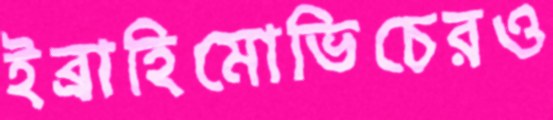
ইব্রাহিমোভিচেরও